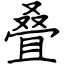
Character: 叠